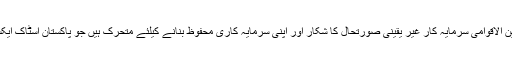
روپے کی قدر میں مسلسل کمی اور ڈالر کے اخراج کی وجہ سے بین الاقوامی سرمایہ کار غیر یقینی صورتحال کا شکار اور اپنی سرمایہ کاری محفوظ بنانے کیلئے متحرک ہیں جو پاکستان اسٹاک ایکسچینج اور ٹریژری بلز میں سرمائے کی منتقلی کا سبب بن رہا ہے۔